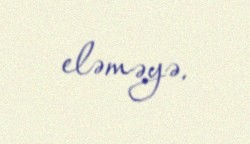
eləməyə.